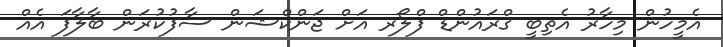
އެމީހުން މިހާރު އެތިބީ ގްރައުންޑް ފްލޯރ އަށް ޖަންކްޝަން ސާފުކުރަން ބާލާފަ އެއް